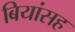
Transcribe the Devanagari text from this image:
बियांसह